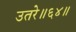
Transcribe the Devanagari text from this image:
उतरे॥६४॥